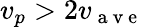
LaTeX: v_{p}>2v_{\mathrm{~a~v~e~}}